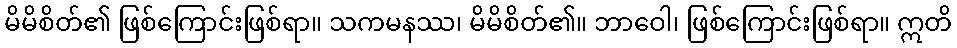
မိမိစိတ်၏ ဖြစ်ကြောင်းဖြစ်ရာ။ သကမနဿ၊ မိမိစိတ်၏။ ဘာဝေါ၊ ဖြစ်ကြောင်းဖြစ်ရာ။ ဣတိ